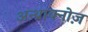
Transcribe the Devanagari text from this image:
अन्थ्राक्नोज़